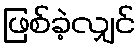
ဖြစ်ခဲ့လျှင်